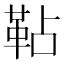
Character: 䩞